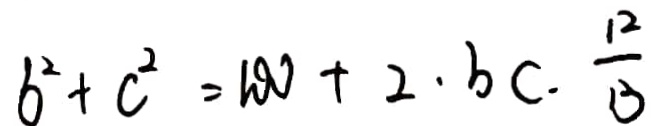
b ^ { 2 } + c ^ { 2 } = 1 0 0 + 2 \cdot b c \cdot \frac { 1 2 } { 3 }